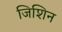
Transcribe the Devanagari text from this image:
जिशिन